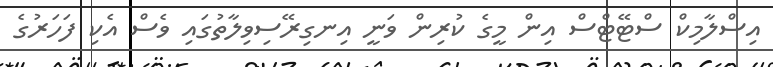
އިސްލާމިކް ސްޓޭޓްސް އިން މީގެ ކުރިން ވަނީ އިނގިރޭސިވިލާތުގައި ވެސް އެކި ފަހަރުގެ